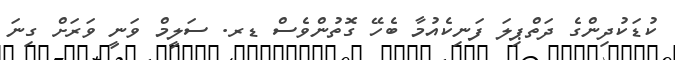
ކުޑަކުދިންގެ ދަތްޕިލަ ފަނިކެއުމާ ބެހޭ ގޮތުންވެސް ޑރ. ސަލީމް ވަނީ ވަރަށް ގިނަ